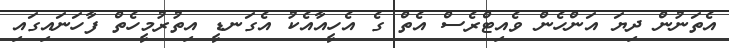
އެތަނުން ދިޔަ އަންހެން ވެއިޓްރެސް އެތް ގެ އެހީއާއެކު އެގަނޑީ އިތުރުމީހެތް ފާހަނައިގައި